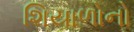
શિયાળોનો